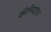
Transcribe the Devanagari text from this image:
कीमियागार